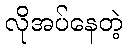
လိုအပ်နေတဲ့